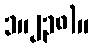
၁။၂၃၈)။